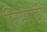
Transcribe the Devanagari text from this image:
तिमोदी